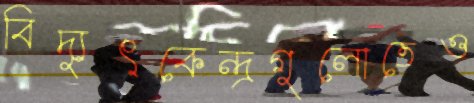
বিদ্যুৎকেন্দ্রগুলোতেও